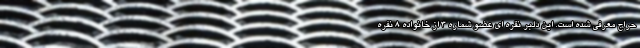
حراج معرفی شده است. این دلبر نقره ای عضو شماره 3 از خانواده 8 نفره